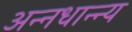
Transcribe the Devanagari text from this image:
अन्नधान्न्य